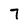
Character: 7